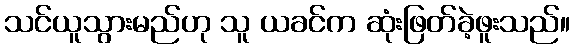
သင်ယူသွားမည်ဟု သူ ယခင်က ဆုံးဖြတ်ခဲ့ဖူးသည်။